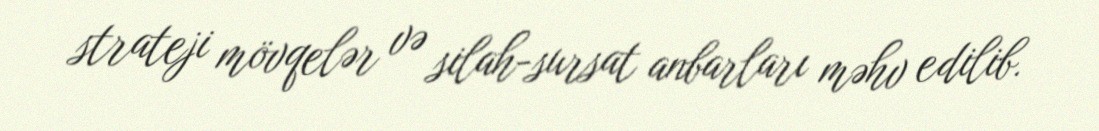
strateji mövqelər və silah-sursat anbarları məhv edilib.